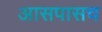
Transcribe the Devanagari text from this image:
आसपासच